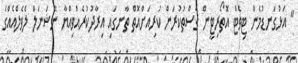
" އަޅުގަނޑުމެން ޓިވެޓް އޮތޯރިޓީން ޤަސްތުކުރަން ކުރިއަށްއޮތް ތާނގައި އިރާދުކުރެއްވިއްޔާ ނޭޝަނަލް ލެވެލްއެއްގެ